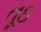
તૂઇ